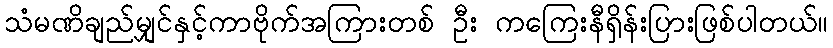
သံမဏိချည်မျှင်နှင့်ကာဗိုက်အကြားတစ် ဦး ကကြေးနီရှိန်းပြားဖြစ်ပါတယ်။